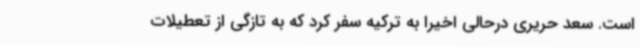
است. سعد حریری درحالی اخیراً به ترکیه سفر کرد که به تازگی از تعطیلات